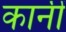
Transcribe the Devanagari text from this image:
कानीं